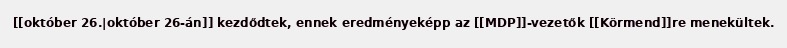
[[október 26.|október 26-án]] kezdődtek, ennek eredményeképp az [[MDP]]-vezetők [[Körmend]]re menekültek.